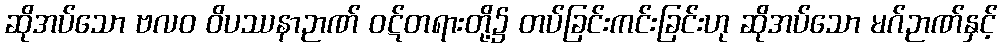
ဆိုအပ်သော ဗလဝ ဝိပဿနာဉာဏ် ဝဋ်တရားတို့၌ တပ်ခြင်းကင်းခြင်းဟု ဆိုအပ်သော မဂ်ဉာဏ်နှင့်